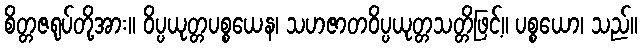
စိတ္တဇရုပ်တို့အား။ ဝိပ္ပယုတ္တပစ္စယေန၊ သဟဇာတဝိပ္ပယုတ္တသတ္တိဖြင့်။ ပစ္စယော၊ သည်။